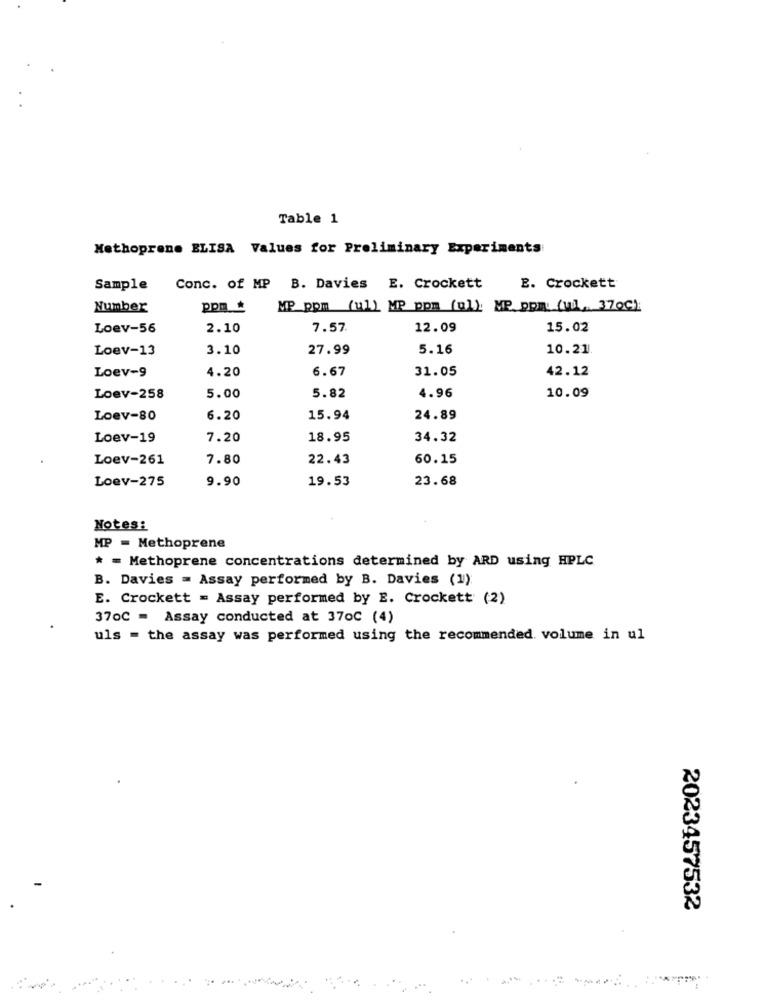
Table 1
Methoprene ELISA Values for Preliminary Experiments
Sample Conc. of MP B. Davies E. Crockett
E. Crockett
Number
ppm _*
NP_ppm (ul) MP ppm (al) MP. PDF (u), 370C)
Loev-56
2.10
7.57
12.09
15.02
Loev-13
3.10
27.99
5.16
10.21
Loev-9
4.20
6.67
31.05
42.12
10.09
Loev-258
5.00
5.82
4.96
Loev-80
6.20
15.94
24.89
Loev-19
7.20
18.95
34.32
Loev-261
7.80
22.43
60.15
Loev-275
9.90
19.53
23.68
Notes:
MP = Methoprene
* = Methoprene concentrations determined by ARD using HPLC
B. Davies = Assay performed by B. Davies (1)
E. Crockett = Assay performed by E. Crockett (2)
370C = Assay conducted at 370C (4)
uls = the assay was performed using the recommended volume in ul
2023457532